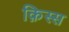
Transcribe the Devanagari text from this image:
क़िस्स